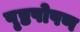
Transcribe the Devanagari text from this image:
पृष्ठपोषण